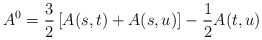
\begin{align*}A^0 = \frac{3}{2} \left[ A(s,t) + A (s,u) \right] - \frac{1}{2} A(t,u)\end{align*}